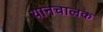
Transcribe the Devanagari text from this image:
यानचालक